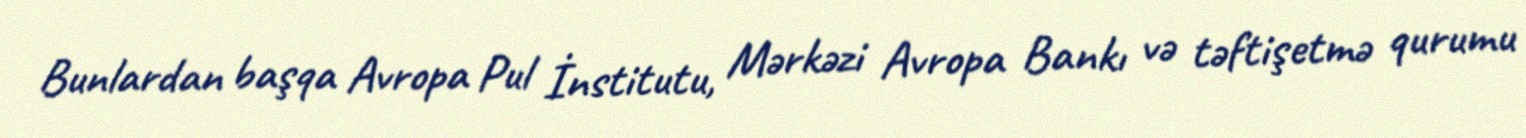
Bunlardan başqa Avropa Pul İnstitutu, Mərkəzi Avropa Bankı və təftişetmə qurumu